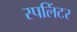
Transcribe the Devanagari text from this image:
स्पलिंटर